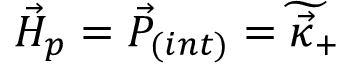
{ \vec { { \cal H } } } _ { p } = { \vec { { \cal P } } } _ { ( i n t ) } = \widetilde { \vec { \kappa } _ { + } }